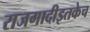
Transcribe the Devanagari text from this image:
राजगादीइतकेच